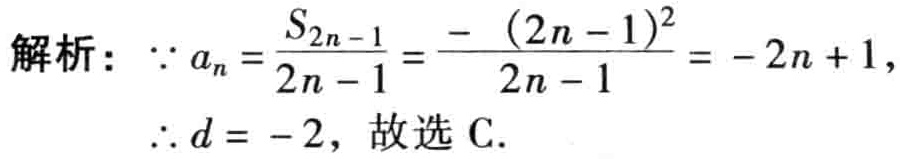
解析：\(\because a_{n}=\frac{S_{2n - 1}}{2n - 1}=\frac{-(2n - 1)^{2}}{2n - 1}=-2n + 1\)，

\(\therefore d = -2\)，故选C.